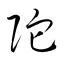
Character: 陀